Indian journal of veterinary science and animal husbandry - Volumes 18-21, 1948-1951
Year: 1948
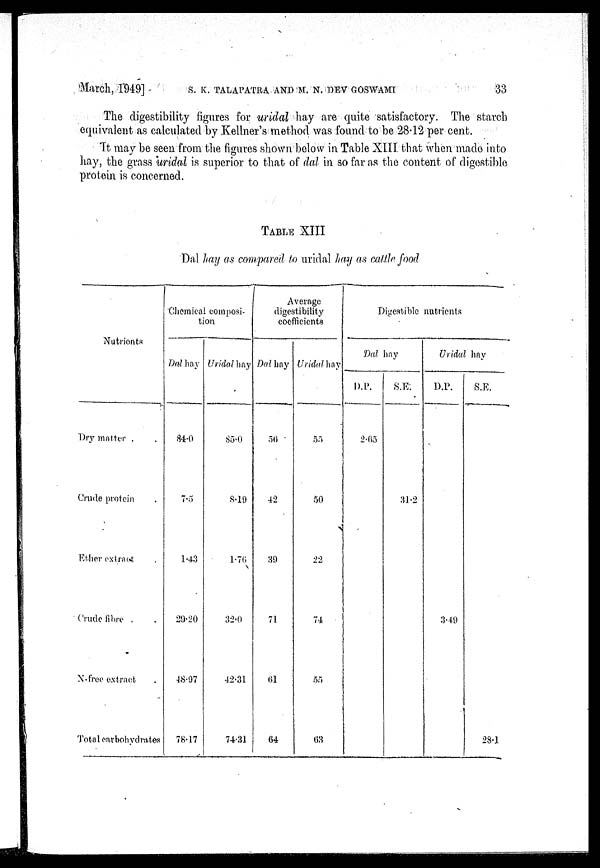
March, 1949] S. K. TALAPATRA AND M. N. DEV GOSWAMI 33
The digestibility figures for uridal hay are quite satisfactory. The starch
equivalent as calculated by Kellner's method was found to be 28.12 per cent.
It may be seen from the figures shown below in Table XIII that when made into
hay, the grass uridal is superior to that of dal in so far as the content of digestible
protein is concerned.
TABLE XIII
Dal hay as compared to uridal hay as cattle food
Nutrionts
Dry matter
Crude protein
Ether extract
Crude fibre
N-free extract
Total carbohydrates
Chemical composi-
tion
Dal hay
84.0
7.5
1.43
29.20
48.97
78.17
Uridal hay
85.0
8.19
1.76
32.0
42.31
74.31
Average
digestibility
coefficients
Dal hay
56
42
39
71
61
64
Uridal hay
55
50
22
74
55
63
Digestible nutrients
Dal hay
D.P.
2.65
S.E.
31.2
Uridal hay
D.P.
3.49
S.E.
28.1